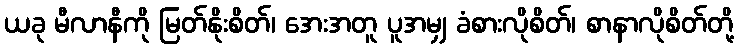
ယခု မီလာနီကို မြတ်နိုးစိတ်၊ အေးအတူ ပူအမျှ ခံစားလိုစိတ်၊ စာနာလိုစိတ်တို့